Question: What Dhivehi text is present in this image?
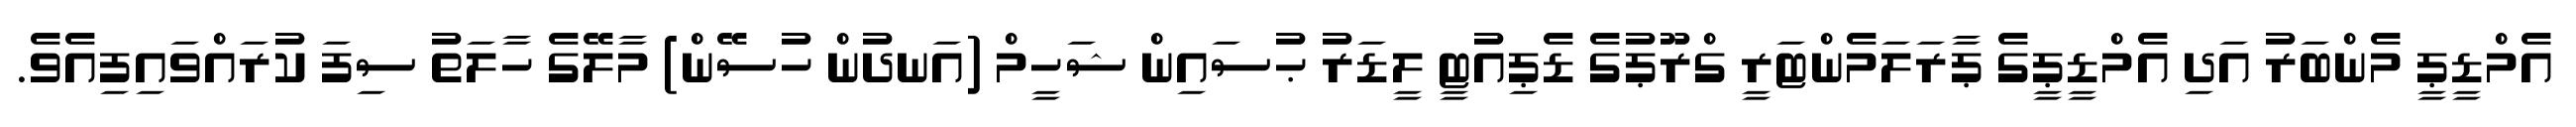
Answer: އެމްޑީޕީ މެންބަރު އަދި އެމްޑީޕީގެ ޕާރަލަމެންޓަރީ ގްރޫޕުގެ ޑެޕިއުޓީ ލީޑަރު ޙުސައިން ޝަހީމް (އަނދުން ހުސޭން) މާލޭގެ ހާލަތު ސިފަ ކުރައްވައިފިއެވެ.